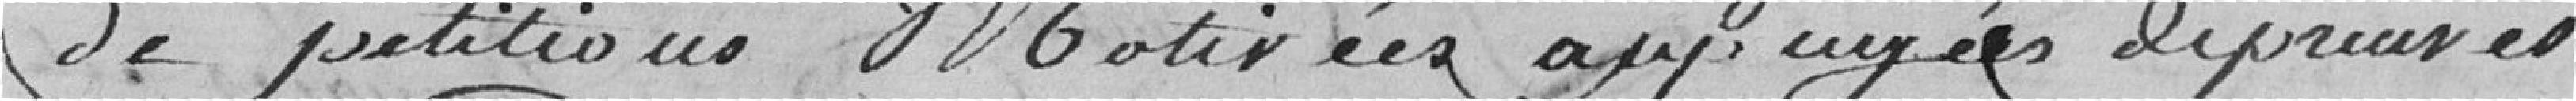
pétitions motivées appuyées de preuves